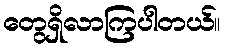
တွေရှိလာကြပါတယ်။